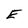
Character: E